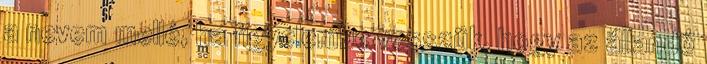
a nevem mellé, ha figyelembe vesszük, hogy az állandó